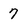
Character: 7